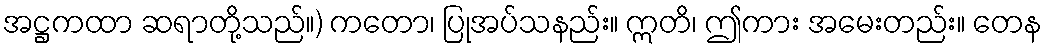
အဋ္ဌကထာ ဆရာတို့သည်။) ကတော၊ ပြုအပ်သနည်း။ ဣတိ၊ ဤကား အမေးတည်း။ တေန